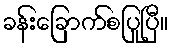
ခန်းခြောက်စပြုပြီ။